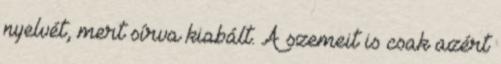
nyelvét, mert sírva kiabált. A szemeit is csak azért